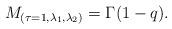
LaTeX: \begin{align*}M_{(\tau=1, \lambda_1, \lambda_2)} = \Gamma(1-q).\end{align*}